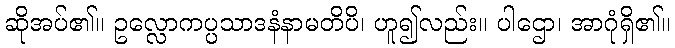
ဆိုအပ်၏။ ဥလ္လောကပ္ပသာဒနံနာမတိပိ၊ ဟူ၍လည်း။ ပါဌော၊ အာဂုံရှိ၏။